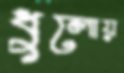
ধুলোয়